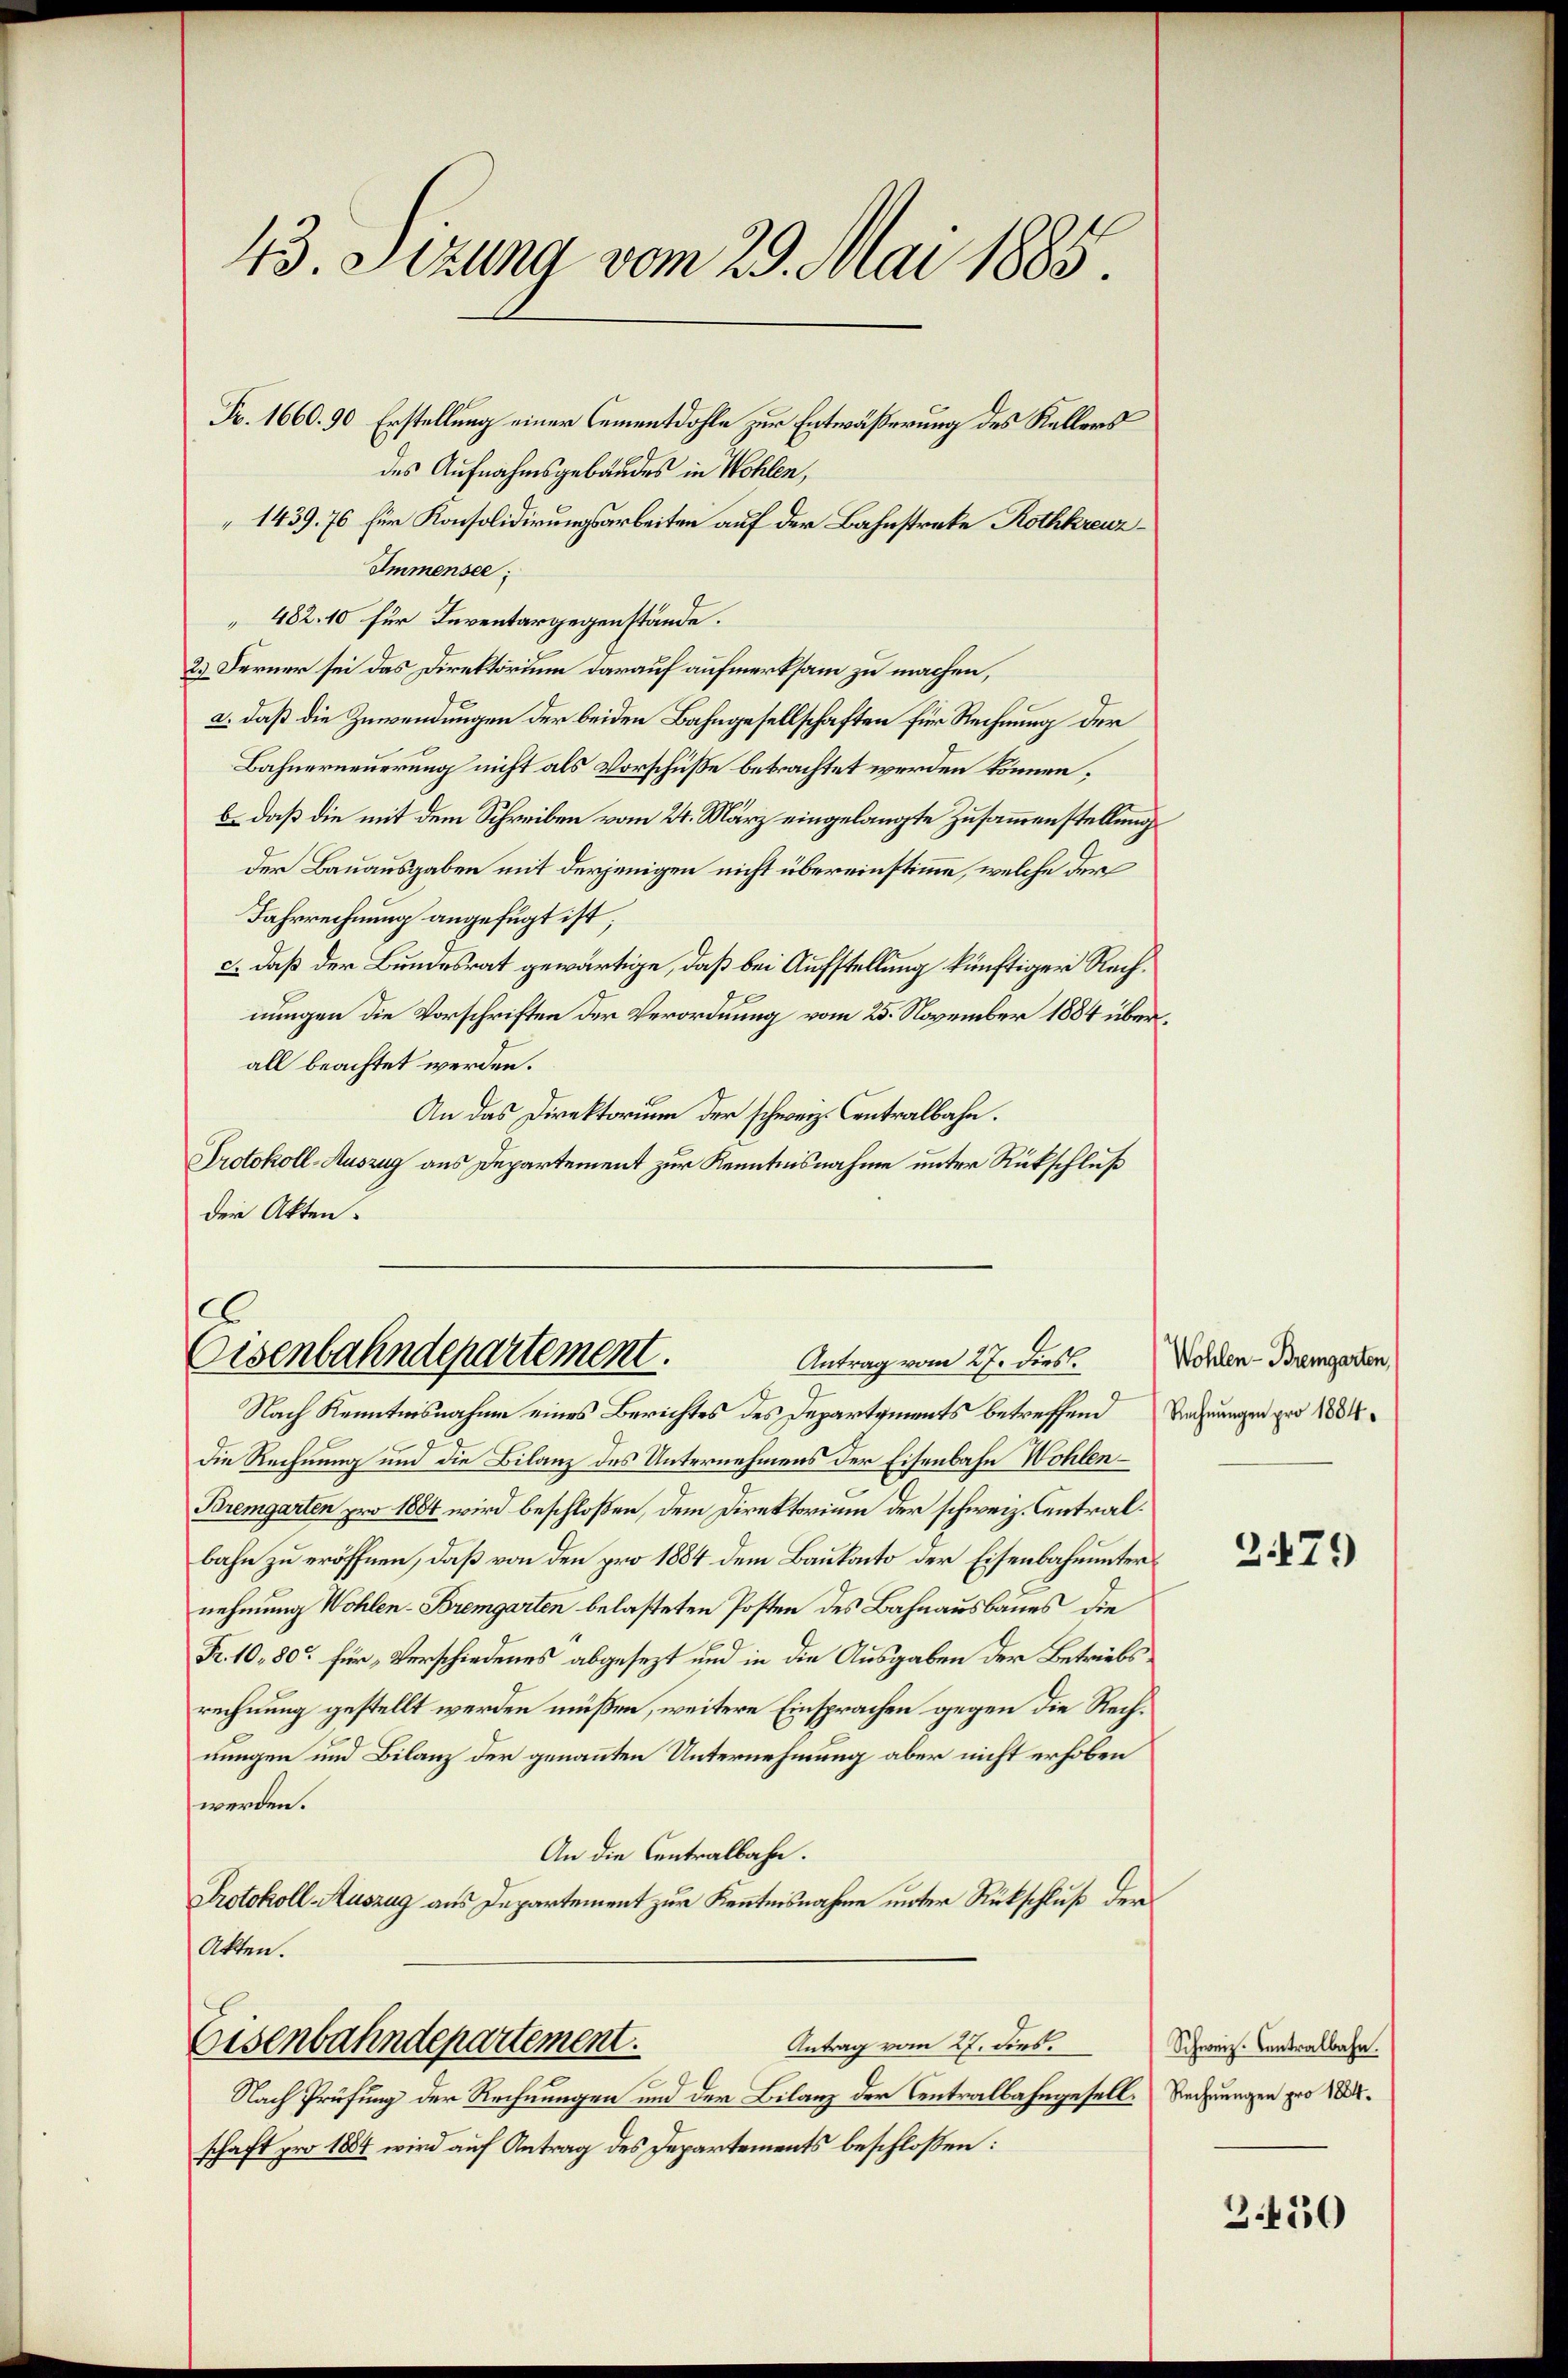
43. Sizung vom 29. Mai 1885

Fr. 1660. 90 Erstellung einer Cementdohle zur Entwäßerung des Kellers
des Aufnahmsgebäudes in Wohlen,
1439. 76 für Konsolidirungsarbeiten auf der Bahnstrake Rothkreuz¬
Immensee:
482. 10 für Inventargegenstände.
2.) Ferner sei das Direktorium darauf aufmerksam zu machen,
a. daß die Zuwendungen der beiden Bahngesellschaften für Rechnung der
Bahnerneuerung nicht als Vorschüße betrachtet werden können;
b. daß die mit dem Schreiben vom 24. März eingelangte Zusammenstellung
der Bauausgaben mit derjenigen nicht übereinstimme, welche der
Fahrrechnung angefügt ist;
c.) daß der Bundesrat gewärtige, daß bei Aufstellung künftiger Rechnungen die Vorschriften der Verordnung vom 25. November 1884 überall beachtet werden.
An das Direktorium der schweiz. Centralbahn.
Protokoll-Auszug aus Departement zur Kenntnisnahme unter Rückschluß
der Akten.

e
Eisenbahndepartement.
Antrag vom 27. dies.

Nach Kenntnisnahme eines Berichtes des Departements betreffend Rechnungen pro 1804.
die Rechnung und die Bilanz des Unternehmens der Eisenbahn Wohlen¬
Bremgarten pro 1884 wird beschloßen, dem Direktorium der schweiz. Centralbahn zu eröffnen, daß von den pro 1884 dem Baukanto der Eisenbahnunternehmung Wohlen-Bremgarten belasteten Posten des Bahnausbaues die
Fr. 10, 80 für Verschiedenes abgesezt und in die Ausgaben der Betriebsrechnung gestellt werden müßen, weitere Einsprachen gegen die Rechnungen und Bilanz der genannten Unternehmung aber nicht erhoben
werden.
An die Centralbahn.
Protokoll Auszug aus Departement zur Kenntnisnahme unter Rückschluß der
Atten.
Antrag vom 27. dies
Eisenbahndepartement.
6
Nach Prüfung der Rechnungen um der Bilanz der Centralbahngesell. Rechnungen pro 18.
schaft pro 1884 wird auf Antrag des Departements beschloßen:

Wohlen-Bremgarten,

2479

Schweiz. Contralbahn.

3.450